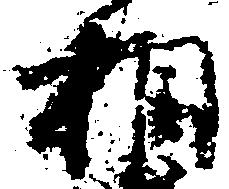
相